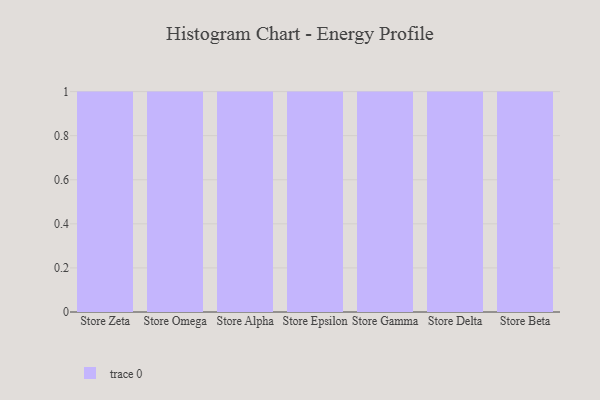
{"axis": {"x": "Store", "y": "Humidity (%)"}, "legend": [""], "data": [{"x": "Store Zeta", "y": 55, "type": ""}, {"x": "Store Omega", "y": 16, "type": ""}, {"x": "Store Alpha", "y": 96, "type": ""}, {"x": "Store Epsilon", "y": 98, "type": ""}, {"x": "Store Gamma", "y": 93, "type": ""}, {"x": "Store Delta", "y": 85, "type": ""}, {"x": "Store Beta", "y": 76, "type": ""}]}